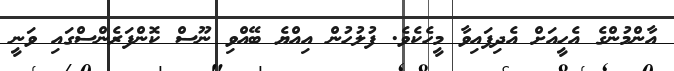
އާންމުންގެ އެހީއަށް އެދިފައިވާ މީހެކެވެ. ފުލުހުން އިއްޔެ ބޭއްވި ނޫސް ކޮންފަރެންސްގައި ވަނީ